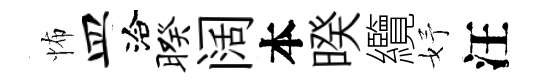
怖皿洽暌阔本暌纜妤汪